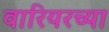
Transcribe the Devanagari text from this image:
वारियरच्या